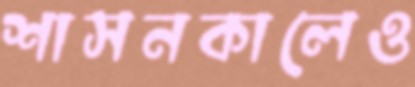
শাসনকালেও